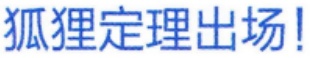
狐狸定理出场！